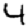
Digit: 4